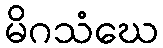
မိဂသံဃေ